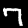
Label: 7